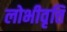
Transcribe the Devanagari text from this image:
लोभीवृत्ति